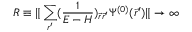
R \equiv \| \sum _ { r ^ { \prime } } ( \frac { 1 } { E - H } ) _ { \vec { r } \vec { r } ^ { \prime } } \Psi ^ { ( 0 ) } ( \vec { r } ^ { \prime } ) \| \rightarrow \infty